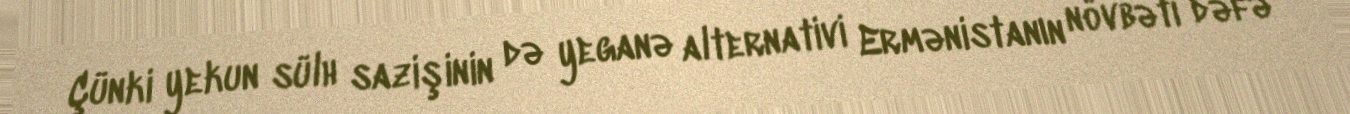
Çünki yekun sülh sazişinin də yeganə alternativi Ermənistanın növbəti dəfə